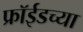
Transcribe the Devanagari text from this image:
फ्रॉईडच्या